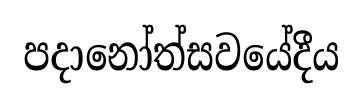
පදානෝත්සවයේදීය